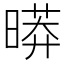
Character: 㬒